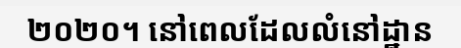
២០២០។ នៅពេលដែលលំនៅដ្ឋាន